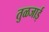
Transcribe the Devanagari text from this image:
तुळजाई